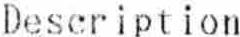
DESCRIPTION